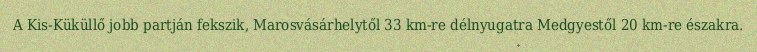
A Kis-Küküllő jobb partján fekszik, Marosvásárhelytől 33 km-re délnyugatra Medgyestől 20 km-re északra.